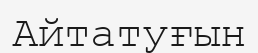
Айтатуғын